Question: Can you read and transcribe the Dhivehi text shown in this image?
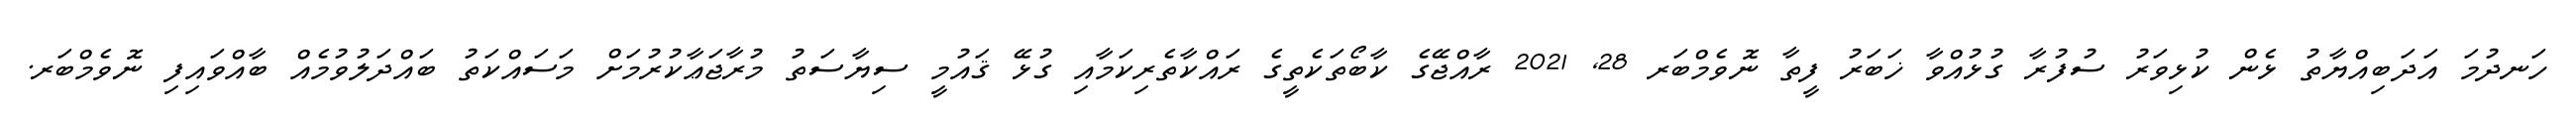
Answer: ހަނދުމަ އަދަބިއްޔާތު ޅެން ކުޅިވަރު ސުފުރާ ގުޅުއްވާ ޚަބަރު ފީތާ ނޮވެމްބަރ 28, 2021 ރާއްޖޭގެ ކާބޯތަކެތީގެ ރައްކާތެރިކަމާއި ގުޅޭ ޤައުމީ ސިޔާސަތު މުރާޖަޢާކުރުމަށް މަސައްކަތު ބައްދަލުވުމެއް ބާއްވައިފި ނޮވެމްބަރ.